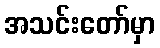
အသင်းတော်မှာ